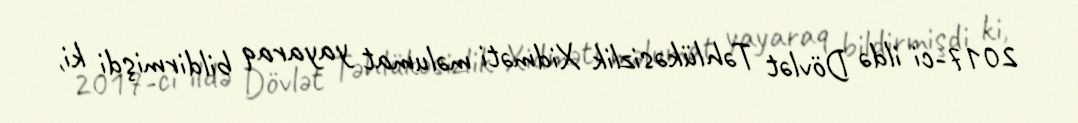
2017-ci ildə Dövlət Təhlükəsizlik Xidməti məlumat yayaraq bildirmişdi ki,